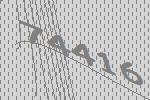
74416